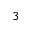
_ 3